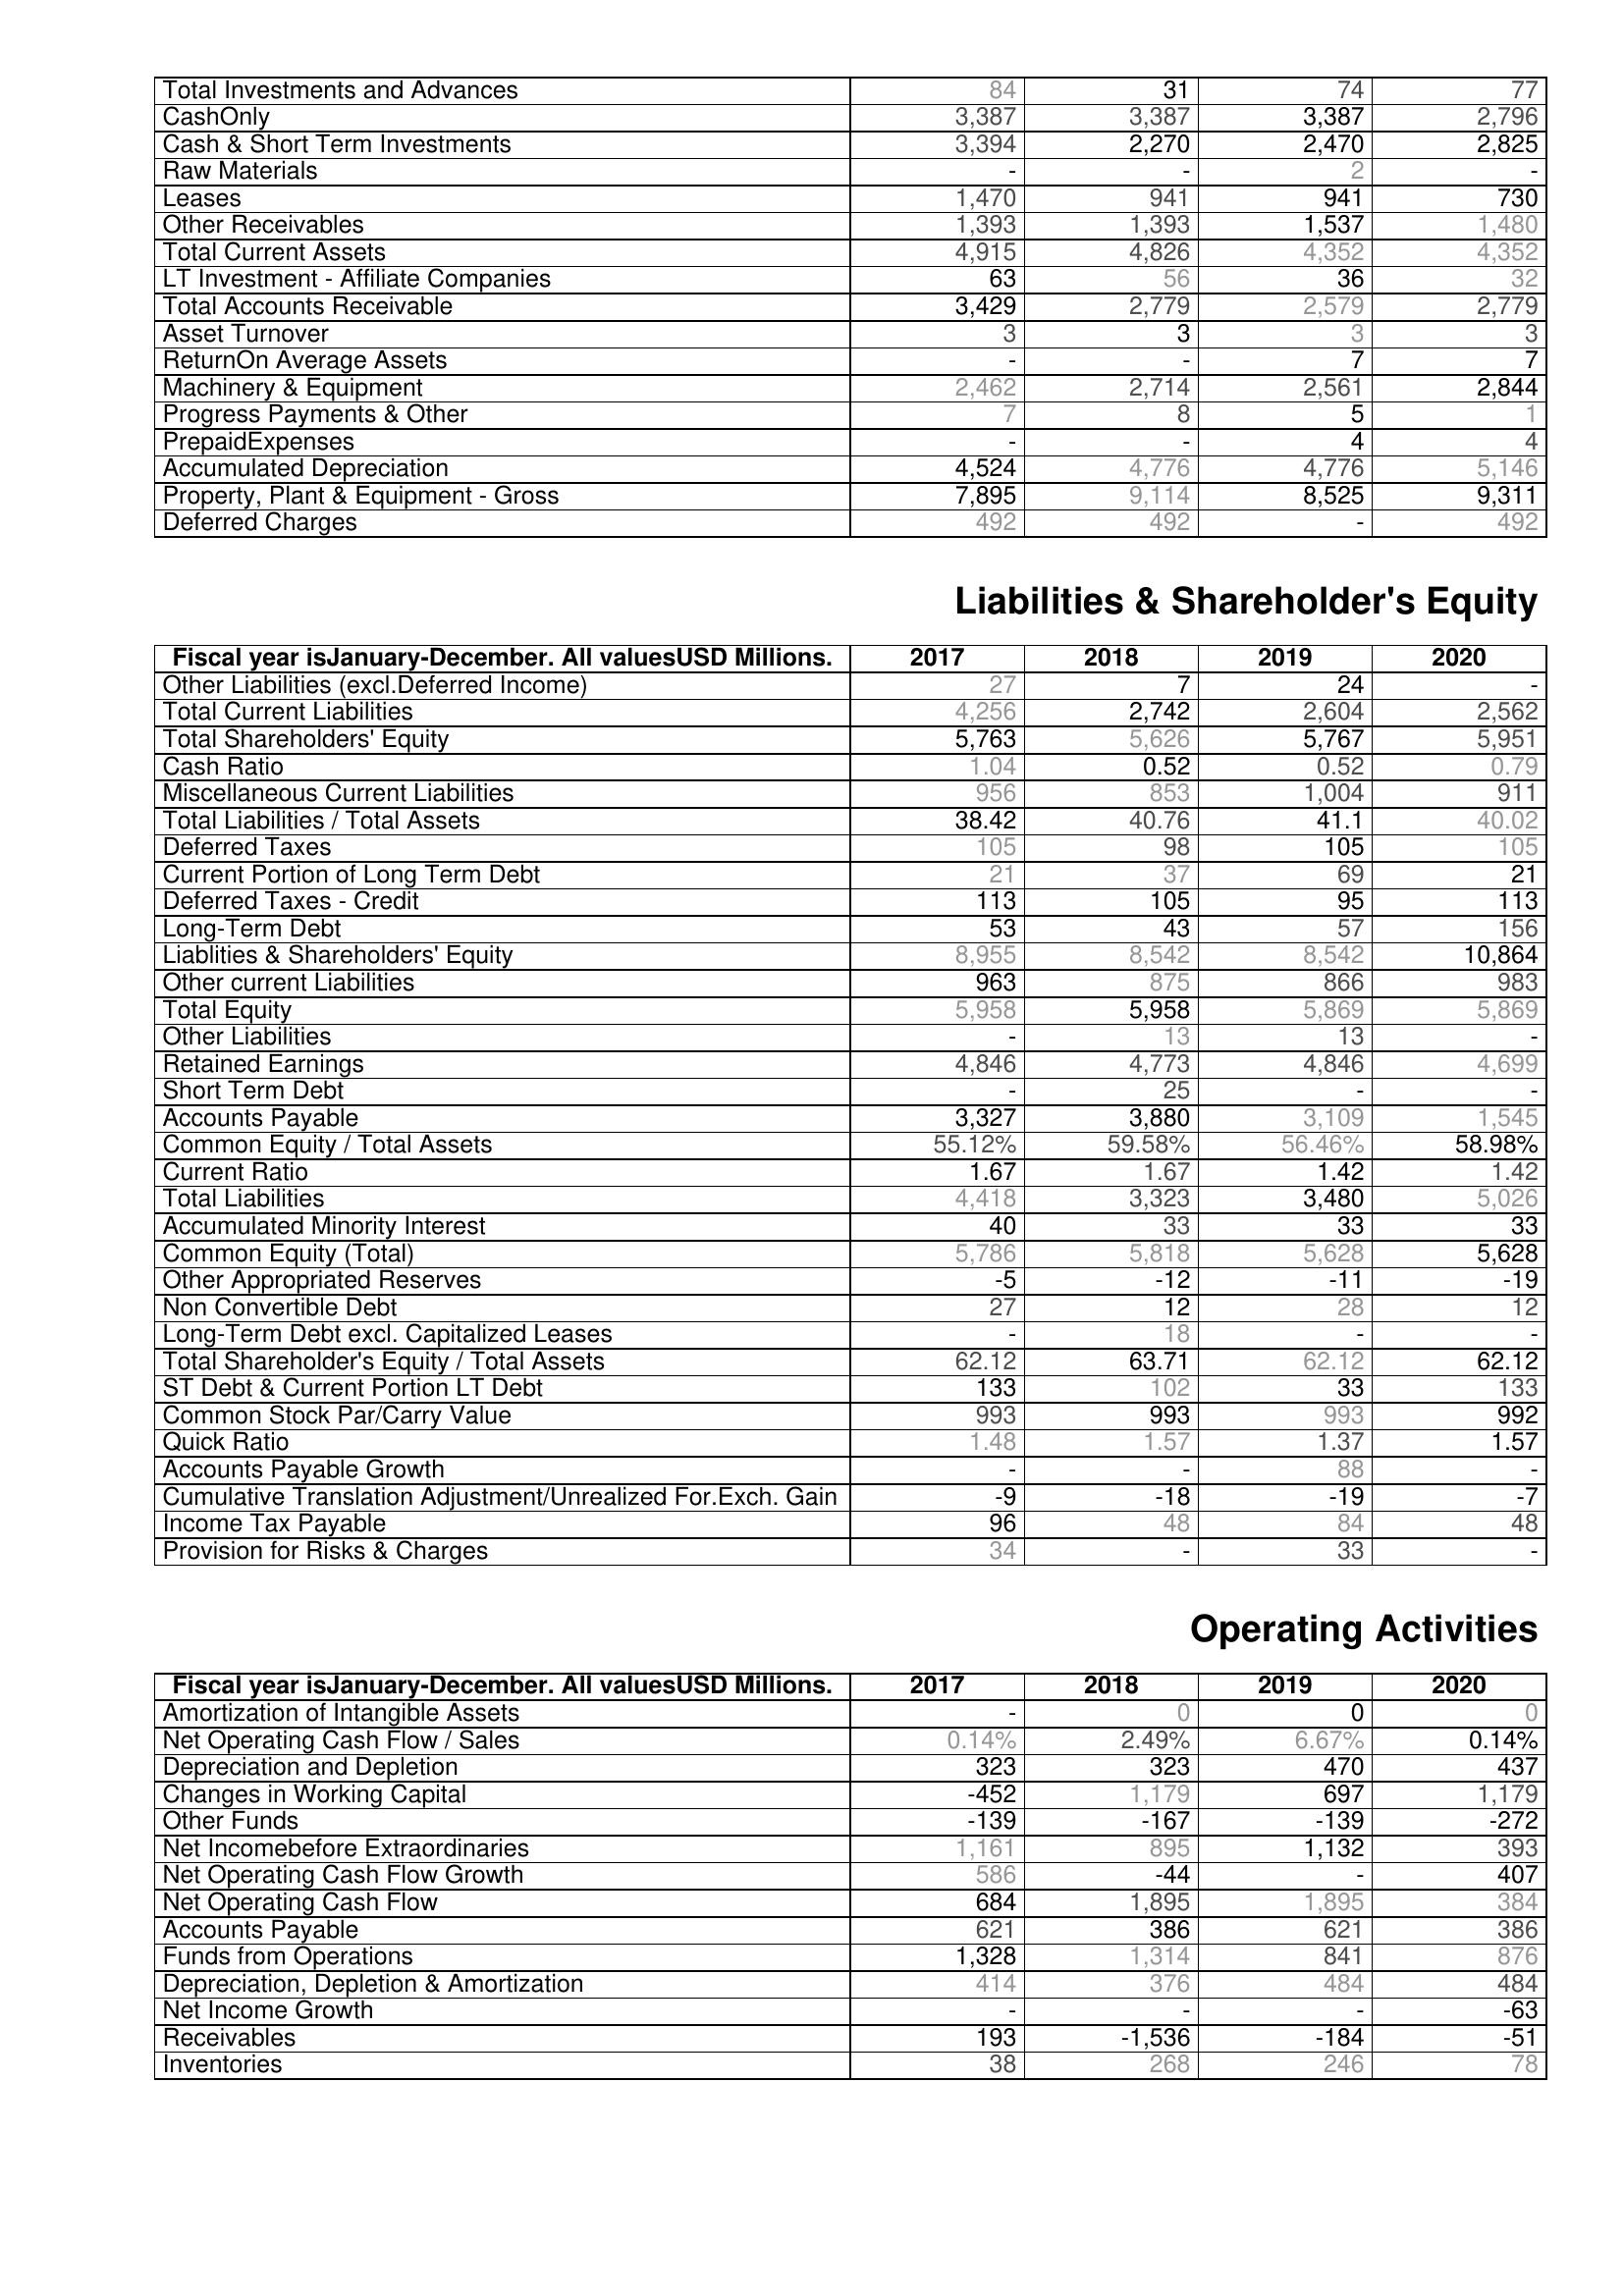
2017: Assets: Total Investments and Advances: 84
CashOnly: 3,387
Cash & Short Term Investments: 3,394
Raw Materials: -
Leases: 1,470
Other Receivables: 1,393
Total Current Assets: 4,915
LT Investment - Affiliate Companies: 63
Total Accounts Receivable: 3,429
Asset Turnover: 3
ReturnOn Average Assets: -
Machinery & Equipment: 2,462
Progress Payments & Other: 7
PrepaidExpenses: -
Accumulated Depreciation: 4,524
Property, Plant & Equipment - Gross : 7,895
Deferred Charges: 492
Liabilities & Shareholder's Equity: Other Liabilities (excl.Deferred Income): 27
Total Current Liabilities: 4,256
Total Shareholders' Equity: 5,763
Cash Ratio: 1.04
Miscellaneous Current Liabilities: 956
Total Liabilities / Total Assets: 38.42
Deferred Taxes: 105
Current Portion of Long Term Debt: 21
Deferred Taxes - Credit: 113
Long-Term Debt: 53
Liablities & Shareholders' Equity: 8,955
Other current Liabilities: 963
Total Equity: 5,958
Other Liabilities: -
Retained Earnings: 4,846
Short Term Debt: -
Accounts Payable: 3,327
Common Equity / Total Assets: 55.12%
Current Ratio: 1.67
Total Liabilities: 4,418
Accumulated Minority Interest: 40
Common Equity (Total): 5,786
Other Appropriated Reserves: -5
Non Convertible Debt: 27
Long-Term Debt excl. Capitalized Leases: -
Total Shareholder's Equity / Total Assets: 62.12
ST Debt & Current Portion LT Debt: 133
Common Stock Par/Carry Value: 993
Quick Ratio: 1.48
Accounts Payable Growth: -
Cumulative Translation Adjustment/Unrealized For.Exch. Gain: -9
Income Tax Payable: 96
Provision for Risks & Charges: 34
Operating Activities: Amortization of Intangible Assets: -
Net Operating Cash Flow / Sales: 0.14%
Depreciation and Depletion: 323
Changes in Working Capital: -452
Other Funds: -139
Net Incomebefore Extraordinaries: 1,161
Net Operating Cash Flow Growth: 586
Net Operating Cash Flow: 684
Accounts Payable: 621
Funds from Operations: 1,328
Depreciation, Depletion & Amortization: 414
Net Income Growth: -
Receivables: 193
Inventories: 38
2018: Assets: Total Investments and Advances: 31
CashOnly: 3,387
Cash & Short Term Investments: 2,270
Raw Materials: -
Leases: 941
Other Receivables: 1,393
Total Current Assets: 4,826
LT Investment - Affiliate Companies: 56
Total Accounts Receivable: 2,779
Asset Turnover: 3
ReturnOn Average Assets: -
Machinery & Equipment: 2,714
Progress Payments & Other: 8
PrepaidExpenses: -
Accumulated Depreciation: 4,776
Property, Plant & Equipment - Gross : 9,114
Deferred Charges: 492
Liabilities & Shareholder's Equity: Other Liabilities (excl.Deferred Income): 7
Total Current Liabilities: 2,742
Total Shareholders' Equity: 5,626
Cash Ratio: 0.52
Miscellaneous Current Liabilities: 853
Total Liabilities / Total Assets: 40.76
Deferred Taxes: 98
Current Portion of Long Term Debt: 37
Deferred Taxes - Credit: 105
Long-Term Debt: 43
Liablities & Shareholders' Equity: 8,542
Other current Liabilities: 875
Total Equity: 5,958
Other Liabilities: 13
Retained Earnings: 4,773
Short Term Debt: 25
Accounts Payable: 3,880
Common Equity / Total Assets: 59.58%
Current Ratio: 1.67
Total Liabilities: 3,323
Accumulated Minority Interest: 33
Common Equity (Total): 5,818
Other Appropriated Reserves: -12
Non Convertible Debt: 12
Long-Term Debt excl. Capitalized Leases: 18
Total Shareholder's Equity / Total Assets: 63.71
ST Debt & Current Portion LT Debt: 102
Common Stock Par/Carry Value: 993
Quick Ratio: 1.57
Accounts Payable Growth: -
Cumulative Translation Adjustment/Unrealized For.Exch. Gain: -18
Income Tax Payable: 48
Provision for Risks & Charges: -
Operating Activities: Amortization of Intangible Assets: 0
Net Operating Cash Flow / Sales: 2.49%
Depreciation and Depletion: 323
Changes in Working Capital: 1,179
Other Funds: -167
Net Incomebefore Extraordinaries: 895
Net Operating Cash Flow Growth: -44
Net Operating Cash Flow: 1,895
Accounts Payable: 386
Funds from Operations: 1,314
Depreciation, Depletion & Amortization: 376
Net Income Growth: -
Receivables: -1,536
Inventories: 268
2019: Assets: Total Investments and Advances: 74
CashOnly: 3,387
Cash & Short Term Investments: 2,470
Raw Materials: 2
Leases: 941
Other Receivables: 1,537
Total Current Assets: 4,352
LT Investment - Affiliate Companies: 36
Total Accounts Receivable: 2,579
Asset Turnover: 3
ReturnOn Average Assets: 7
Machinery & Equipment: 2,561
Progress Payments & Other: 5
PrepaidExpenses: 4
Accumulated Depreciation: 4,776
Property, Plant & Equipment - Gross : 8,525
Deferred Charges: -
Liabilities & Shareholder's Equity: Other Liabilities (excl.Deferred Income): 24
Total Current Liabilities: 2,604
Total Shareholders' Equity: 5,767
Cash Ratio: 0.52
Miscellaneous Current Liabilities: 1,004
Total Liabilities / Total Assets: 41.1
Deferred Taxes: 105
Current Portion of Long Term Debt: 69
Deferred Taxes - Credit: 95
Long-Term Debt: 57
Liablities & Shareholders' Equity: 8,542
Other current Liabilities: 866
Total Equity: 5,869
Other Liabilities: 13
Retained Earnings: 4,846
Short Term Debt: -
Accounts Payable: 3,109
Common Equity / Total Assets: 56.46%
Current Ratio: 1.42
Total Liabilities: 3,480
Accumulated Minority Interest: 33
Common Equity (Total): 5,628
Other Appropriated Reserves: -11
Non Convertible Debt: 28
Long-Term Debt excl. Capitalized Leases: -
Total Shareholder's Equity / Total Assets: 62.12
ST Debt & Current Portion LT Debt: 33
Common Stock Par/Carry Value: 993
Quick Ratio: 1.37
Accounts Payable Growth: 88
Cumulative Translation Adjustment/Unrealized For.Exch. Gain: -19
Income Tax Payable: 84
Provision for Risks & Charges: 33
Operating Activities: Amortization of Intangible Assets: 0
Net Operating Cash Flow / Sales: 6.67%
Depreciation and Depletion: 470
Changes in Working Capital: 697
Other Funds: -139
Net Incomebefore Extraordinaries: 1,132
Net Operating Cash Flow Growth: -
Net Operating Cash Flow: 1,895
Accounts Payable: 621
Funds from Operations: 841
Depreciation, Depletion & Amortization: 484
Net Income Growth: -
Receivables: -184
Inventories: 246
2020: Assets: Total Investments and Advances: 77
CashOnly: 2,796
Cash & Short Term Investments: 2,825
Raw Materials: -
Leases: 730
Other Receivables: 1,480
Total Current Assets: 4,352
LT Investment - Affiliate Companies: 32
Total Accounts Receivable: 2,779
Asset Turnover: 3
ReturnOn Average Assets: 7
Machinery & Equipment: 2,844
Progress Payments & Other: 1
PrepaidExpenses: 4
Accumulated Depreciation: 5,146
Property, Plant & Equipment - Gross : 9,311
Deferred Charges: 492
Liabilities & Shareholder's Equity: Other Liabilities (excl.Deferred Income): -
Total Current Liabilities: 2,562
Total Shareholders' Equity: 5,951
Cash Ratio: 0.79
Miscellaneous Current Liabilities: 911
Total Liabilities / Total Assets: 40.02
Deferred Taxes: 105
Current Portion of Long Term Debt: 21
Deferred Taxes - Credit: 113
Long-Term Debt: 156
Liablities & Shareholders' Equity: 10,864
Other current Liabilities: 983
Total Equity: 5,869
Other Liabilities: -
Retained Earnings: 4,699
Short Term Debt: -
Accounts Payable: 1,545
Common Equity / Total Assets: 58.98%
Current Ratio: 1.42
Total Liabilities: 5,026
Accumulated Minority Interest: 33
Common Equity (Total): 5,628
Other Appropriated Reserves: -19
Non Convertible Debt: 12
Long-Term Debt excl. Capitalized Leases: -
Total Shareholder's Equity / Total Assets: 62.12
ST Debt & Current Portion LT Debt: 133
Common Stock Par/Carry Value: 992
Quick Ratio: 1.57
Accounts Payable Growth: -
Cumulative Translation Adjustment/Unrealized For.Exch. Gain: -7
Income Tax Payable: 48
Provision for Risks & Charges: -
Operating Activities: Amortization of Intangible Assets: 0
Net Operating Cash Flow / Sales: 0.14%
Depreciation and Depletion: 437
Changes in Working Capital: 1,179
Other Funds: -272
Net Incomebefore Extraordinaries: 393
Net Operating Cash Flow Growth: 407
Net Operating Cash Flow: 384
Accounts Payable: 386
Funds from Operations: 876
Depreciation, Depletion & Amortization: 484
Net Income Growth: -63
Receivables: -51
Inventories: 78